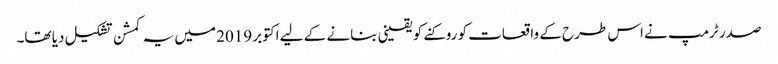
صدر ٹرمپ نے اس طرح کے واقعات کو روکنے کو یقینی بنانے کے لیے اکتوبر 2019 میں یہ کمشن تشکیل دیا تھا۔